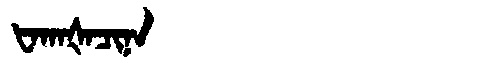
Manchu: ᡶᠠᡴᠠᡧᠠᠴᡳᠨᠠ
Romanization: FAKAŠACINA